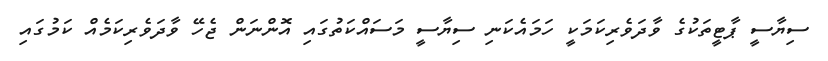
ސިޔާސީ ޕާޓީތަކުގެ ވާދަވެރިކަމަކީ ހަމައެކަނި ސިޔާސީ މަސައްކަތުގައި އޮންނަން ޖެހޭ ވާދަވެރިކަމެއް ކަމުގައި